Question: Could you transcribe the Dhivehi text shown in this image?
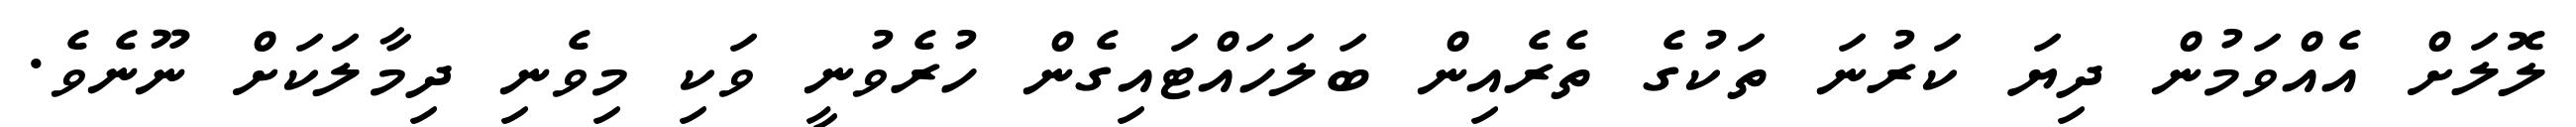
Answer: ލޮލަށް އެއްވަމުން ދިޔަ ކަރުނަ ތަކުގެ ތެރެއިން ބަލަހައްޓައިގެން ހުރެވުނީ ވަކި މިވެނި ދިމާލަކަށް ނޫނެވެ.